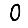
Digit: 0